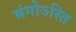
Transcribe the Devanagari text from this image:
भंगोऽस्ति